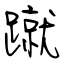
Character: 蹴